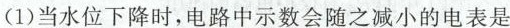
(1)当水位下降时，电路中示数会随之减小的电表是